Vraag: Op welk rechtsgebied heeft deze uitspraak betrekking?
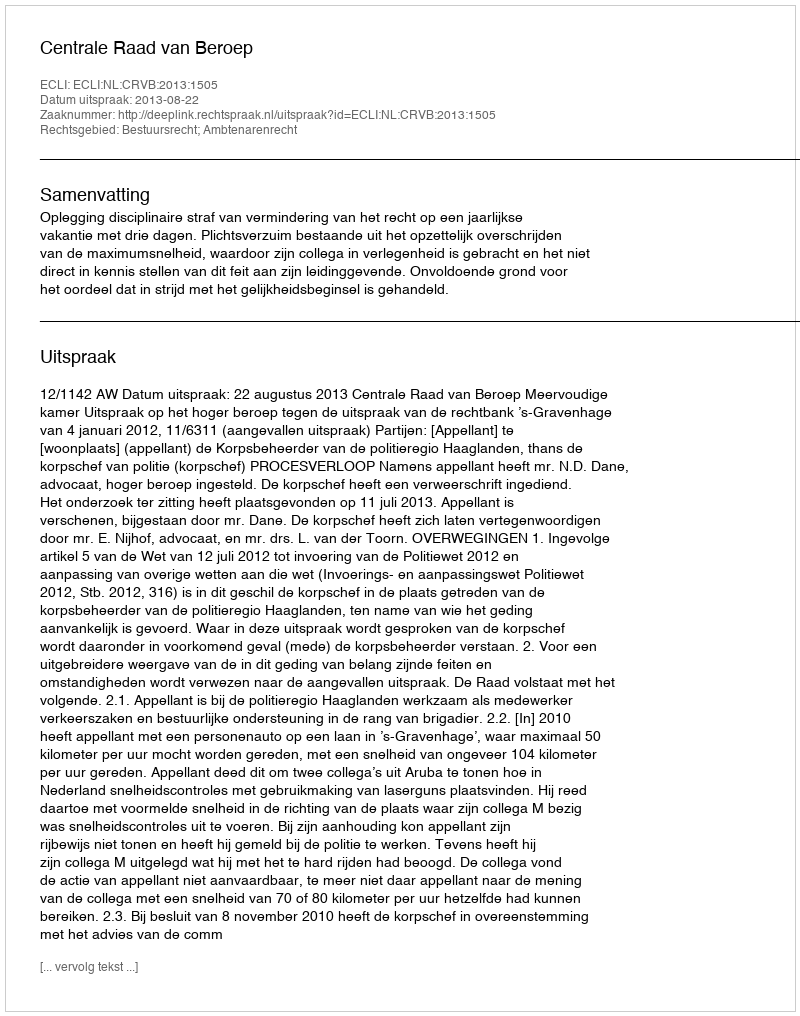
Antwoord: Bestuursrecht; Ambtenarenrecht